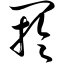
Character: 阏